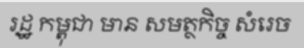
រដ្ឋ កម្ពុជា មាន សមត្ថកិច្ច សំរេច